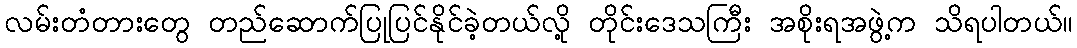
လမ်းတံတားတွေ တည်ဆောက်ပြုပြင်နိုင်ခဲ့တယ်လို့ တိုင်းဒေသကြီး အစိုးရအဖွဲ့က သိရပါတယ်။